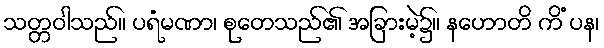
သတ္တဝါသည်။ ပရံမဏာ၊ စုတေသည်၏ အခြားမဲ့၌။ နဟောတိ ကိံ ပန၊